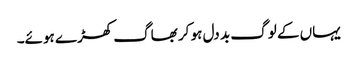
یہاں کے لوگ بد دل ہو کر بھاگ کھڑے ہوئے۔